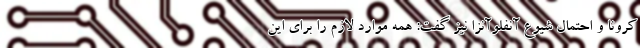
کرونا و احتمال شیوع آنفلوآنزا نیز گفت: همه موارد لازم را برای این